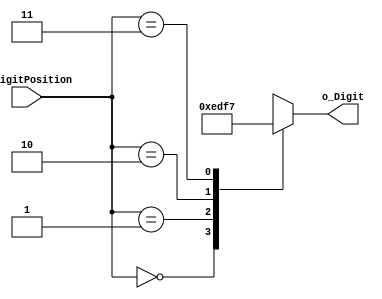
`timescale 1ns / 1ps

module Decoder_2x4(
    input [1:0] i_digitPosition,
    output [3:0] o_Digit
    );

    reg [3:0] r_Digit;
    assign o_Digit = r_Digit;

    always @(*) begin
        case (i_digitPosition)
            2'b00 : r_Digit = 4'b1110;
            2'b01 : r_Digit = 4'b1101;
            2'b10 : r_Digit = 4'b1111;
            2'b11 : r_Digit = 4'b0111;
        endcase
    end
endmodule